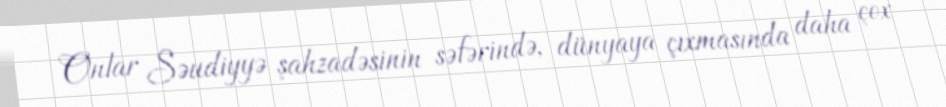
Onlar Səudiyyə şahzadəsinin səfərində, dünyaya çıxmasında daha çox